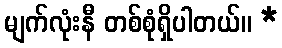
မျက်လုံးနီ တစ်စုံရှိပါတယ်။ *